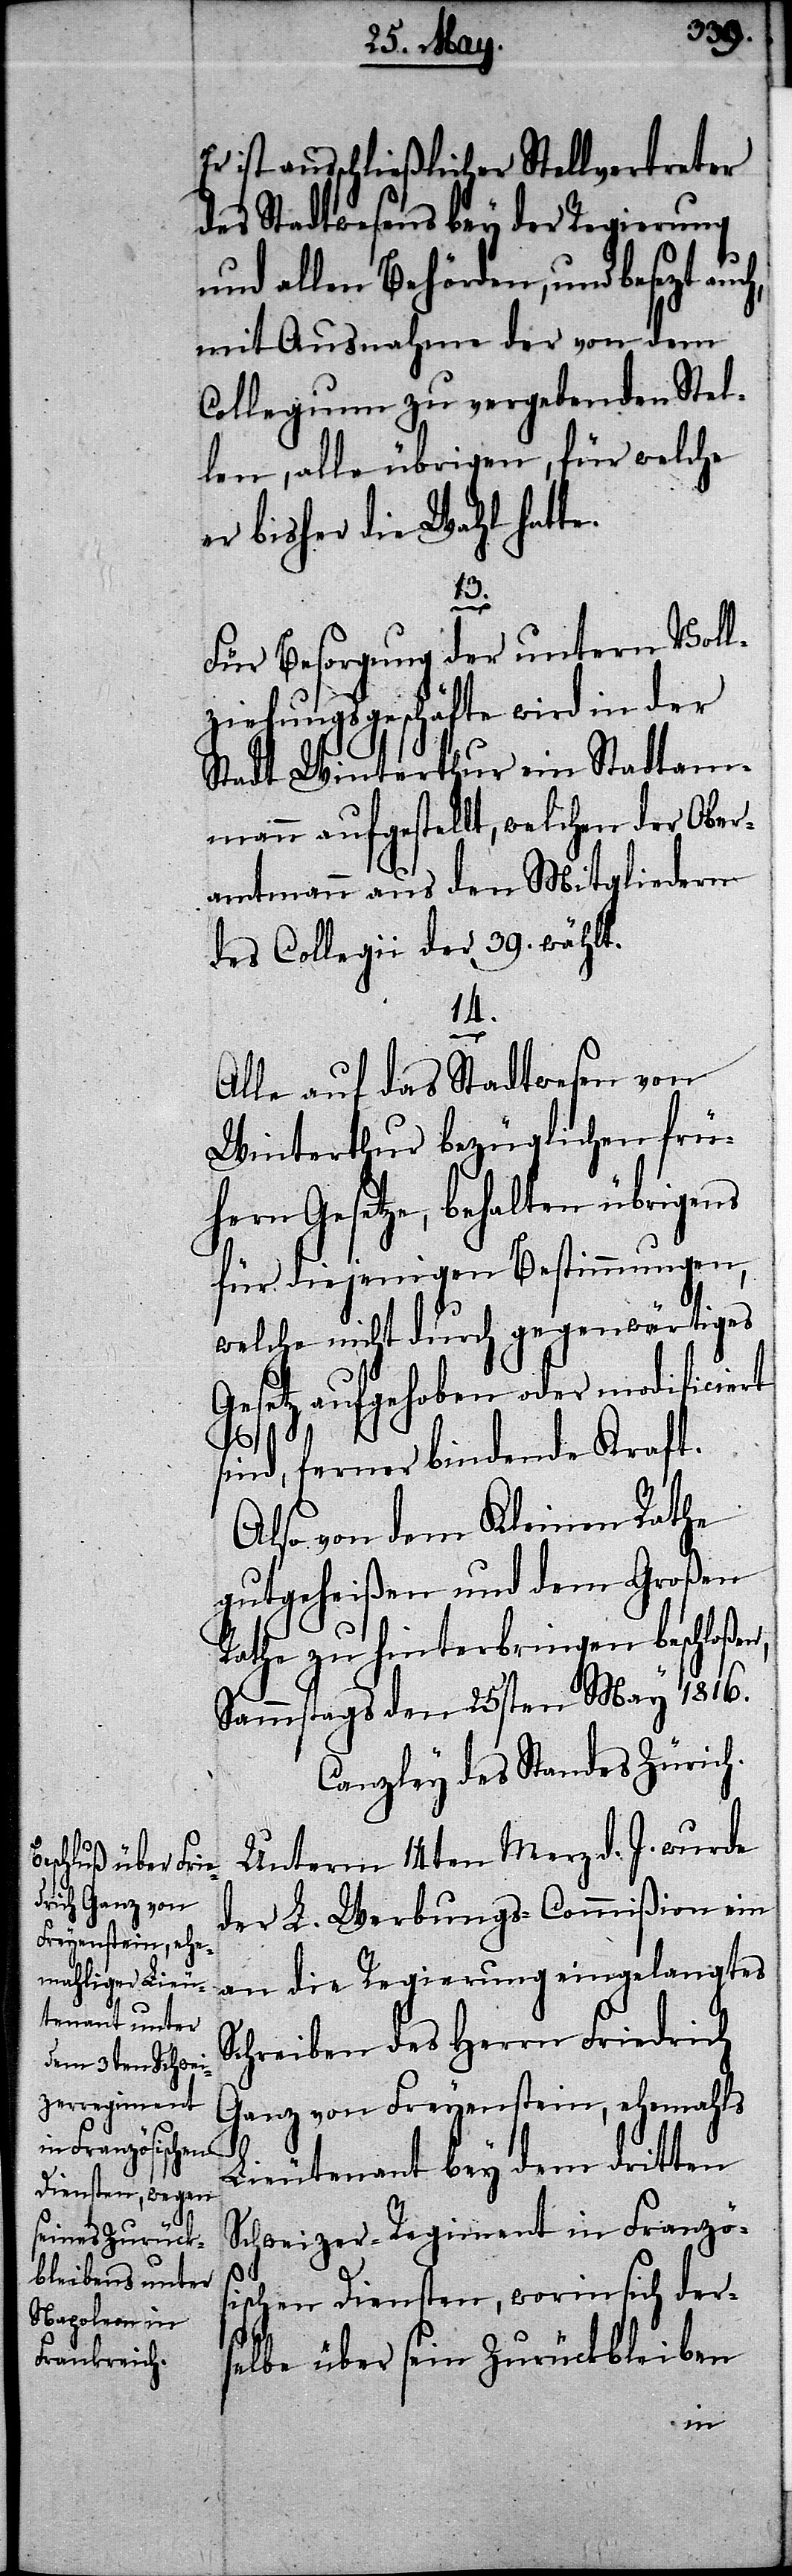
Er ist ausschließlicher Stellvertreter
des Stadtwesens bey der Regierung
und allen Behörden, und besezt auc¬
mit Ausnahme der von dem
Collegium zu vergebenden Stel¬
len, alle übrigen, für welche
er bisher die Wahl hatte.
13.
Für Besorgung der untern Voll¬
ziehungsgeschäfte wird in der
Stadt Winterthur ein Stadtam¬
mann aufgestellt, welchen der Ober¬
amtmann aus den Mitgliedern
des Collegii der 39. wählt.
14.
Alle auf das Stadtwesen von
Winterthur bezüglichen frü¬
hern Gesetze, behalten übrigens
für diejenigen Bestimmungen,
welche nicht durch gegenwärtiges
Gesetz aufgehoben oder modificiert
sind, ferner bindende Kraft.
Also von dem Kleinen Rathe
gutgeheißen und dem Großen
Rathe zu hinterbringen beschloßen,
Sammstags den 25sten May 1816.
Canzley des Standes Zürich.
Unterm 14ten Merz d. J. wurde
der L. Werbungs-Commißion ein
an die Regierung eingelangtes
Schreiben des Herrn Friedrich
Ganz von Freyenstein, ehemahls
h,
Lieutenant bey dem dritten
Schweizer-Regiment in Französ¬
ischen Diensten, worin sich der¬
selbe über sein Zurückbleiben